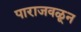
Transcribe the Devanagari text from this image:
पाराजवळून